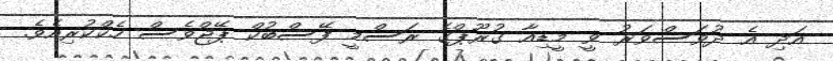
އަދި އެ ދުވަސްވަރު ވީ މީޑިއާ ގުރޫޕްގެ ރަސްމީ ފޭސްބުކް ޕޭޖްވެސް ހެކްކުރިއެވެ.